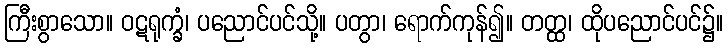
ကြီးစွာသော။ ဝဋရုက္ခံ၊ ပညောင်ပင်သို့။ ပတွာ၊ ရောက်ကုန်၍။ တတ္ထ၊ ထိုပညောင်ပင်၌။